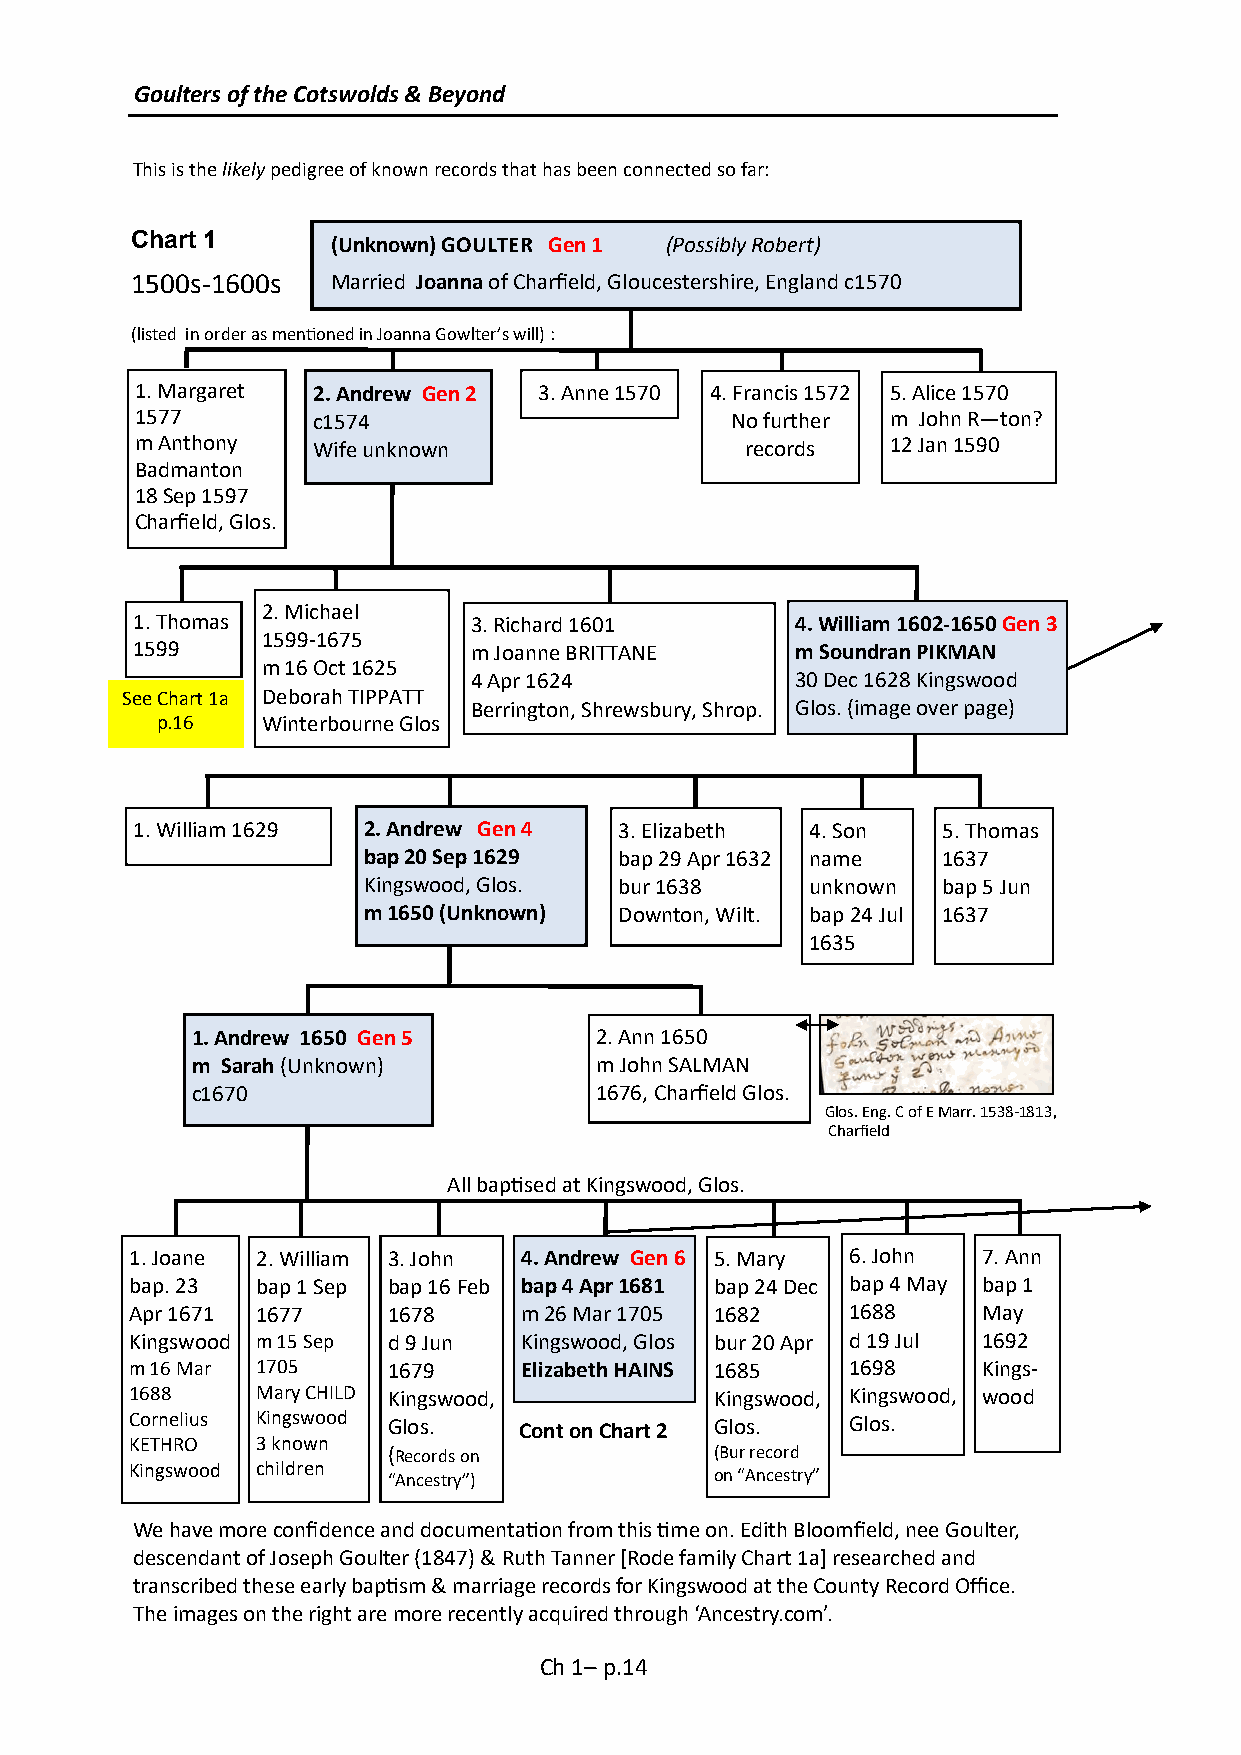
Goulters of the Cotswolds & Beyond
 This is the likely pedigree of known records that has been connected so far:
 Chart 1
 (Unknown) GOULTER Gen 1 (Possibly Robert)
 1500s-1600s  Married Joanna of Charfield, Gloucestershire, England c1570
 (listed in order as mentioned in Joanna Gowlter’s will) :
 1. Margaret 2. Andrew Gen 2 3. Anne 1570 4. Francis 1572 5. Alice 1570
 1577        c1574                      No further m John R—ton?
 m Anthony   Wife unknown                records   12 Jan 1590
 Badmanton
 18 Sep 1597
 Charfield, Glos.
 2. Michael
 1. Thomas             3. Richard 1601       4. William 1602-1650 Gen 3
 1599-1675
 1599                  m Joanne BRITTANE     m Soundran PIKMAN
 m 16 Oct 1625
 4 Apr 1624            30 Dec 1628 Kingswood
 See Chart 1a Deborah TIPPATT
 Berrington, Shrewsbury, Shrop. Glos. (image over page)
 p.16   Winterbourne Glos
 1. William 1629 2. Andrew Gen 4 3. Elizabeth 4. Son  5. Thomas
 bap 20 Sep 1629  bap 29 Apr 1632 name 1637
 Kingswood, Glos. bur 1638     unknown bap 5 Jun
 m 1650 (Unknown) Downton, Wilt. bap 24 Jul 1637
 1635
 1. Andrew 1650 Gen 5      2. Ann 1650
 m Sarah (Unknown)         m John SALMAN
 c1670                     1676, Charfield Glos.
 Glos. Eng. C of E Marr. 1538-1813,
 Charfield
 All baptised at Kingswood, Glos.
 1. Joane 2. William 3. John 4. Andrew Gen 6 5. Mary 6. John 7. Ann
 bap. 23 bap 1 Sep bap 16 Feb bap 4 Apr 1681 bap 24 Dec bap 4 May bap 1
 Apr 1671 1677    1678    m 26 Mar 1705 1682    1688     May
 Kingswood m 15 Sep d 9 Jun Kingswood, Glos bur 20 Apr d 19 Jul 1692
 m 16 Mar 1705    1679    Elizabeth HAINS 1685  1698     Kings-
 1688    Mary CHILD Kingswood,         Kingswood, Kingswood, wood
 Cornelius Kingswood Glos. Cont on Chart 2 Glos. Glos.
 KETHRO  3 known
 (Records on          (Bur record
 Kingswood children “Ancestry”)        on “Ancestry”
 We have more confidence and documentation from this time on. Edith Bloomfield, nee Goulter,
 descendant of Joseph Goulter (1847) & Ruth Tanner [Rode family Chart 1a] researched and
 transcribed these early baptism & marriage records for Kingswood at the County Record Office.
 The images on the right are more recently acquired through ‘Ancestry.com’.
 Ch 1– p.14